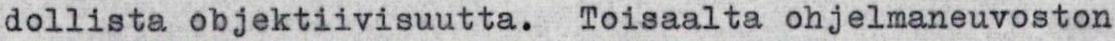
dollista objektiivisuutta. Toisaalta ohjelmaneuvoston